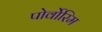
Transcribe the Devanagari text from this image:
पोर्वोरिम